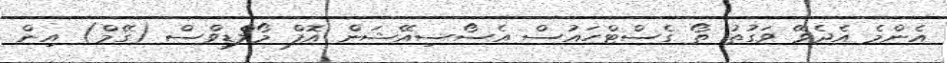
އެންމެ އެދެވޭ ވަގުތު ތޯ ގެސްޓްހައުސް އެސޯސިއޭޝަން އޮފް މޯލްޑިވްސް (ގޭމް) އިން